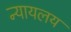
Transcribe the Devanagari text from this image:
न्‍यायलय